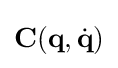
{\textbf {C}}({\textbf {q}},{\dot {\textbf {q}}})